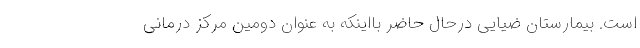
است. بیمارستان ضیایی درحال حاضر بااینکه به عنوان دومین مرکز درمانی